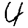
Digit: 4